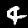
Label: 4